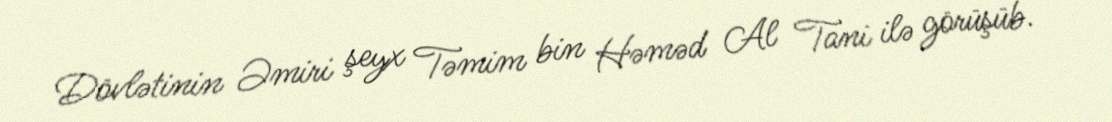
Dövlətinin Əmiri şeyx Təmim bin Həməd Al Tani ilə görüşüb.